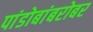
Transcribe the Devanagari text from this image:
पांडोबांबरोबर